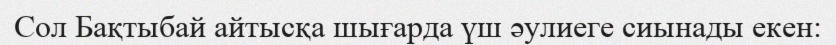
Сол Бақтыбай айтысқа шығарда үш әулиеге сиынады екен: